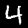
Digit: 4